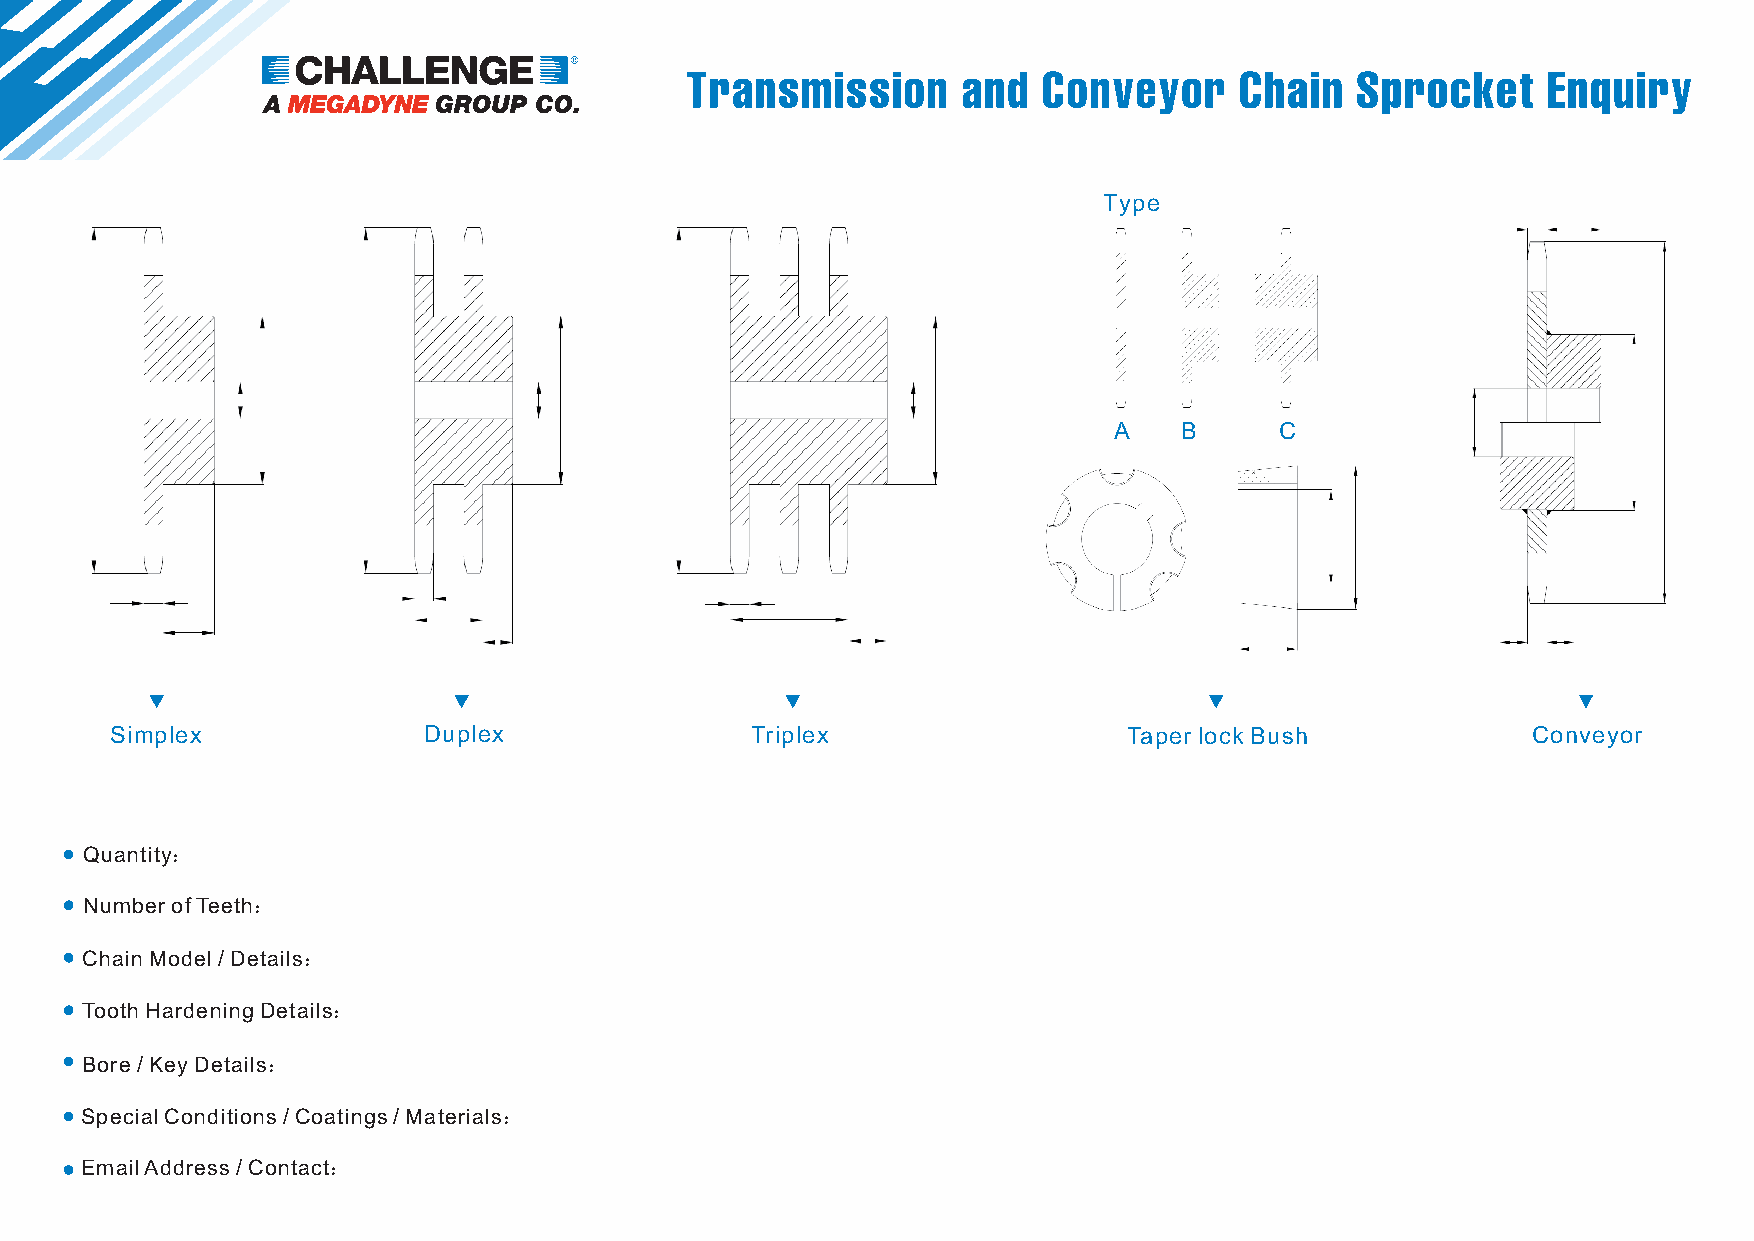
Transmission       and  Conveyor     Chain   Sprocket    Enquiry
 Type
 A   B      C
 Attachment Spacing
 Simplex              Duplex                Triplex                  Taper lock Bush           Conveyor
 Quantity：
 Number of Teeth：
 Chain Model / Details：
 Tooth Hardening Details：
 Bore / Key Details：
 Special Conditions / Coatings / Materials：
 Email Address / Contact：